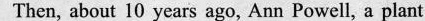
Then, about 10 years ago, Ann Powell, a plant